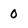
Character: 0